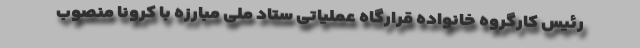
رئیس کارگروه خانواده قرارگاه عملیاتی ستاد ملی مبارزه با کرونا منصوب